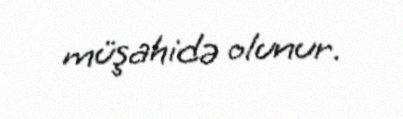
müşahidə olunur.